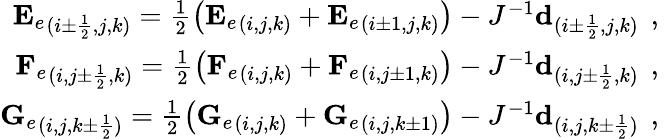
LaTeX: \begin{array}{r}{{\mathbf{E}_{e}}_{(i\pm\frac{1}{2},j,k)}=\frac{1}{2}\left({\mathbf{E}_{e}}_{(i,j,k)}+{\mathbf{E}_{e}}_{(i\pm 1,j,k)}\right)-J^{-1}\mathbf{d}_{(i\pm\frac{1}{2},j,k)}\, \mathrm{~,~}}\\ {{\mathbf{F}_{e}}_{(i,j\pm\frac{1}{2},k)}=\frac{1}{2}\left({\mathbf{F}_{e}}_{(i,j,k)}+{\mathbf{F}_{e}}_{(i,j\pm 1,k)}\right)-J^{-1}\mathbf{d}_{(i,j\pm\frac{1}{2},k)}\, \mathrm{~,~}}\\ {{\mathbf{G}_{e}}_{(i,j,k\pm\frac{1}{2})}=\frac{1}{2}\left({\mathbf{G}_{e}}_{(i,j,k)}+{\mathbf{G}_{e}}_{(i,j,k\pm 1)}\right)-J^{-1}\mathbf{d}_{(i,j,k\pm\frac{1}{2})}\, \mathrm{~,~}}\end{array}